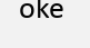
oke